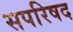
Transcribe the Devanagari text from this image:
सपरिषद